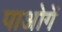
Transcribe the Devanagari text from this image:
पाओगें